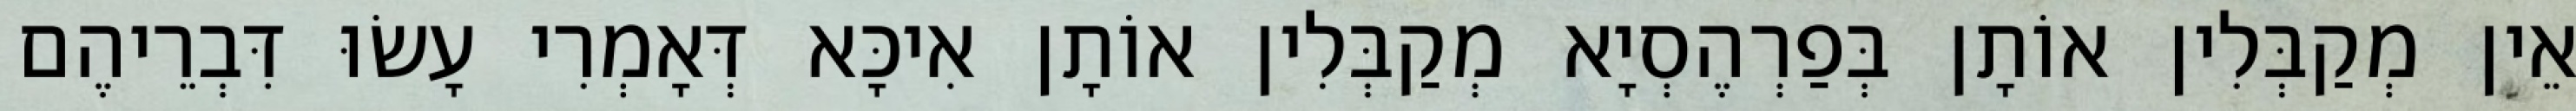
אֵין מְקַבְּלִין אוֹתָן בְּפַרְהֶסְיָא מְקַבְּלִין אוֹתָן אִיכָּא דְּאָמְרִי עָשׂוּ דִּבְרֵיהֶם